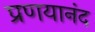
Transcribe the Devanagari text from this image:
प्रणयानंद